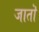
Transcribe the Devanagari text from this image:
जातॊ